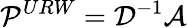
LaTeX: \mathcal{P}^{URW}=\mathcal{D}^{-1}\mathcal{A}